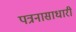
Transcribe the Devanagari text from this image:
पत्रनासाधारी